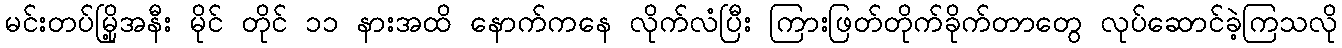
မင်းတပ်မြို့အနီး မိုင် တိုင် ၁၁ နားအထိ နောက်ကနေ လိုက်လံပြီး ကြားဖြတ်တိုက်ခိုက်တာတွေ လုပ်ဆောင်ခဲ့ကြသလို